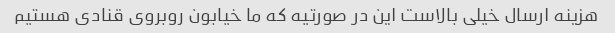
هزینه ارسال خیلی بالاست این در صورتیه که ما خیابون روبروی قنادی هستیم